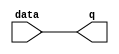
module latch(input data, output reg q);

always @ (data)
begin
   q = data;
end

endmodule